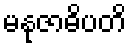
မနုဇာဓိပတိ